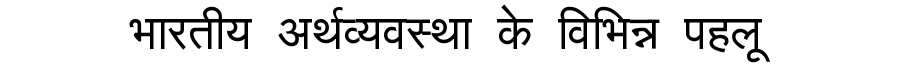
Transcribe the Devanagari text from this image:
भारतीय अर्थव्यवस्था के विभिन्न पहलू